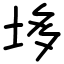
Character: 垑